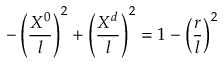
- \left( { \frac { X ^ { 0 } } { l } } \right) ^ { 2 } + \left( { \frac { X ^ { d } } { l } } \right) ^ { 2 } = 1 - \left( { \frac { r } { l } } \right) ^ { 2 }